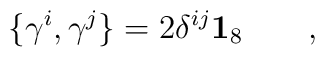
\{\gamma ^{i},\gamma ^{j}\}=2\delta ^{ij}\mathbf{1}_{8}\qquad ,